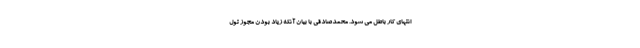
انتهای کار باطل می شود. محمدصادقی با بیان آنکه زیاد بودن مجوز تول